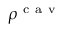
\rho ^ { \mathrm { ~ c ~ a ~ v ~ } }